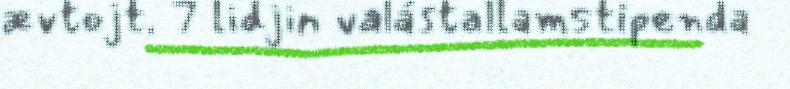
ævtojt. 7 lidjin valástallamstipenda